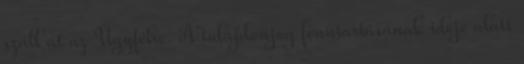
száll át az Ügyfélre. A tulajdonjog fenntartásának ideje alatt